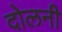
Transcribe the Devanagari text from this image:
दोलनी